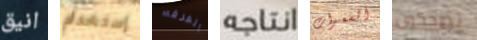
انيق إستخدام الفرقه انتاجه السعرات تضحكون